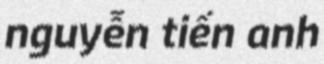
nguyễn tiến anh